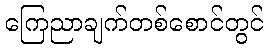
ကြေညာချက်တစ်စောင်တွင်